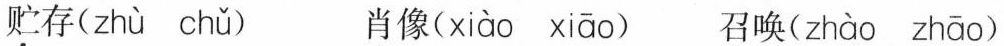
贮存( zhù chǔ ) 肖像 (xiào xiāo) 召唤( zhào zhāo )